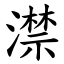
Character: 澿